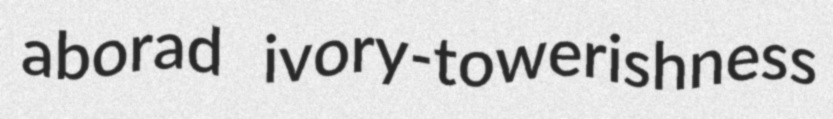
aborad ivory-towerishness